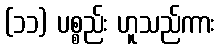
(၁၁) ပစ္စည်း ဟူသည်ကား